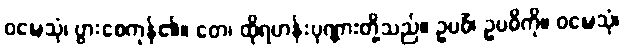
ဝဍ္ဎေသုံ၊ ပွားစေကုန်၏။ တေ၊ ထိုရဟန်းပုဏ္ဏားတို့သည်။ ဥပဓိံ၊ ဥပဓိကို။ ဝဍ္ဎေသုံ၊